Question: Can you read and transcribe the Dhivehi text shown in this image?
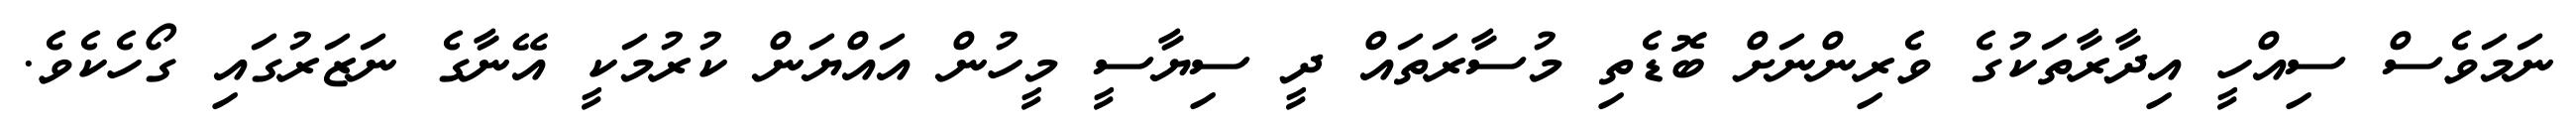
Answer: ނަމަވެސް ސިއްހީ އިދާރާތަކުގެ ވެރިންނަށް ބޮޑެތި މުސާރަތައް ދީ ސިޔާސީ މީހުން އައްޔަން ކުރުމަކީ އޭނާގެ ނަޒަރުގައި ގޯހެކެވެ.